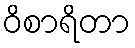
ဝိစာရိတာ